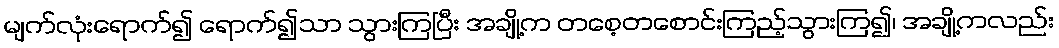
မျက်လုံးရောက်၍ ရောက်၍သာ သွားကြပြီး အချို့က တစေ့တစောင်းကြည့်သွားကြ၍၊ အချို့ကလည်း